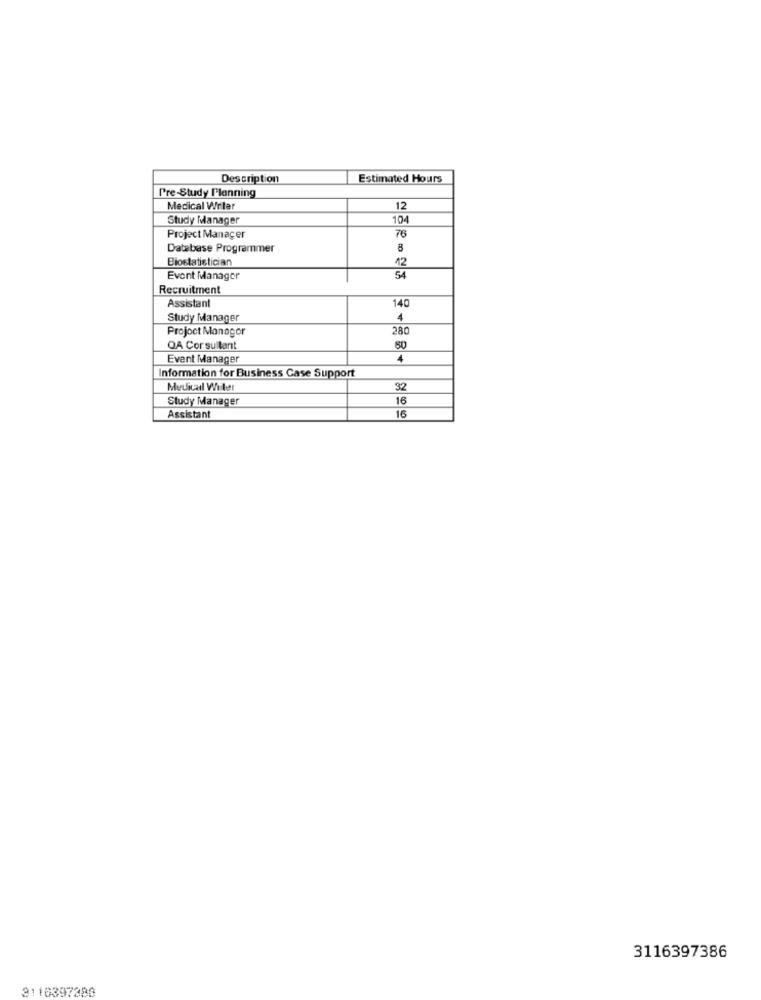
Description
Estimated Hours
Pre-Study Planning
Medical Writer
12
Study Manager
104
Project Manager
76
Database Programmer
8
Biostatistician
42
Event Manager
54
Recruitment
Assistant
140
Study Manager
4
Project Manager
280
OA Cor sultant
60
Event Manager
4
Information for Business Case Support
Medical Willer
32
Study Manager
16
Assistant
16
3116397386
3110397380